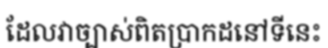
ដែលវាច្បាស់ពិតប្រាកដនៅទីនេះ